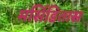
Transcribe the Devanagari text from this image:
मर्सिडितास